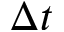
\Delta t